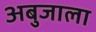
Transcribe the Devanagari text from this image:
अबुजाला